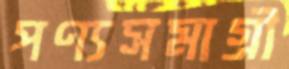
পণ্যসমাগ্রী